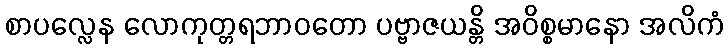
စာပလ္လေန လောကုတ္တရဘာဝတော ပဗ္ဗာဇယန္တိ အဝိစ္စမာနော အလိကံ